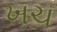
ખચ